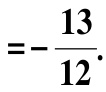
\(=-\frac{13}{12}.\)